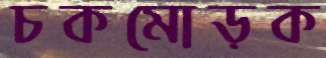
চকমোড়ক